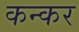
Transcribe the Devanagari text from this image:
कन्कर